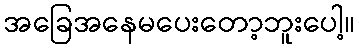
အခြေအနေမပေးတော့ဘူးပေါ့။